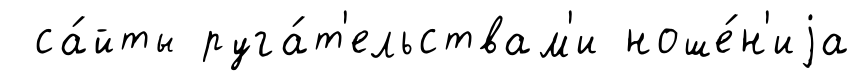
са́йты руга́т'ельствам'и ноше́н'иjа